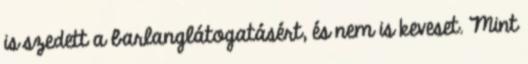
is szedett a barlanglátogatásért, és nem is keveset. Mint